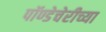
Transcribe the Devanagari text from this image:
पॉण्डेचेरीच्या